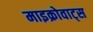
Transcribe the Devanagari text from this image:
माइक्रोवाट्स